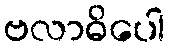
ဗလာဓိပေါ